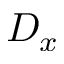
D _ { x }